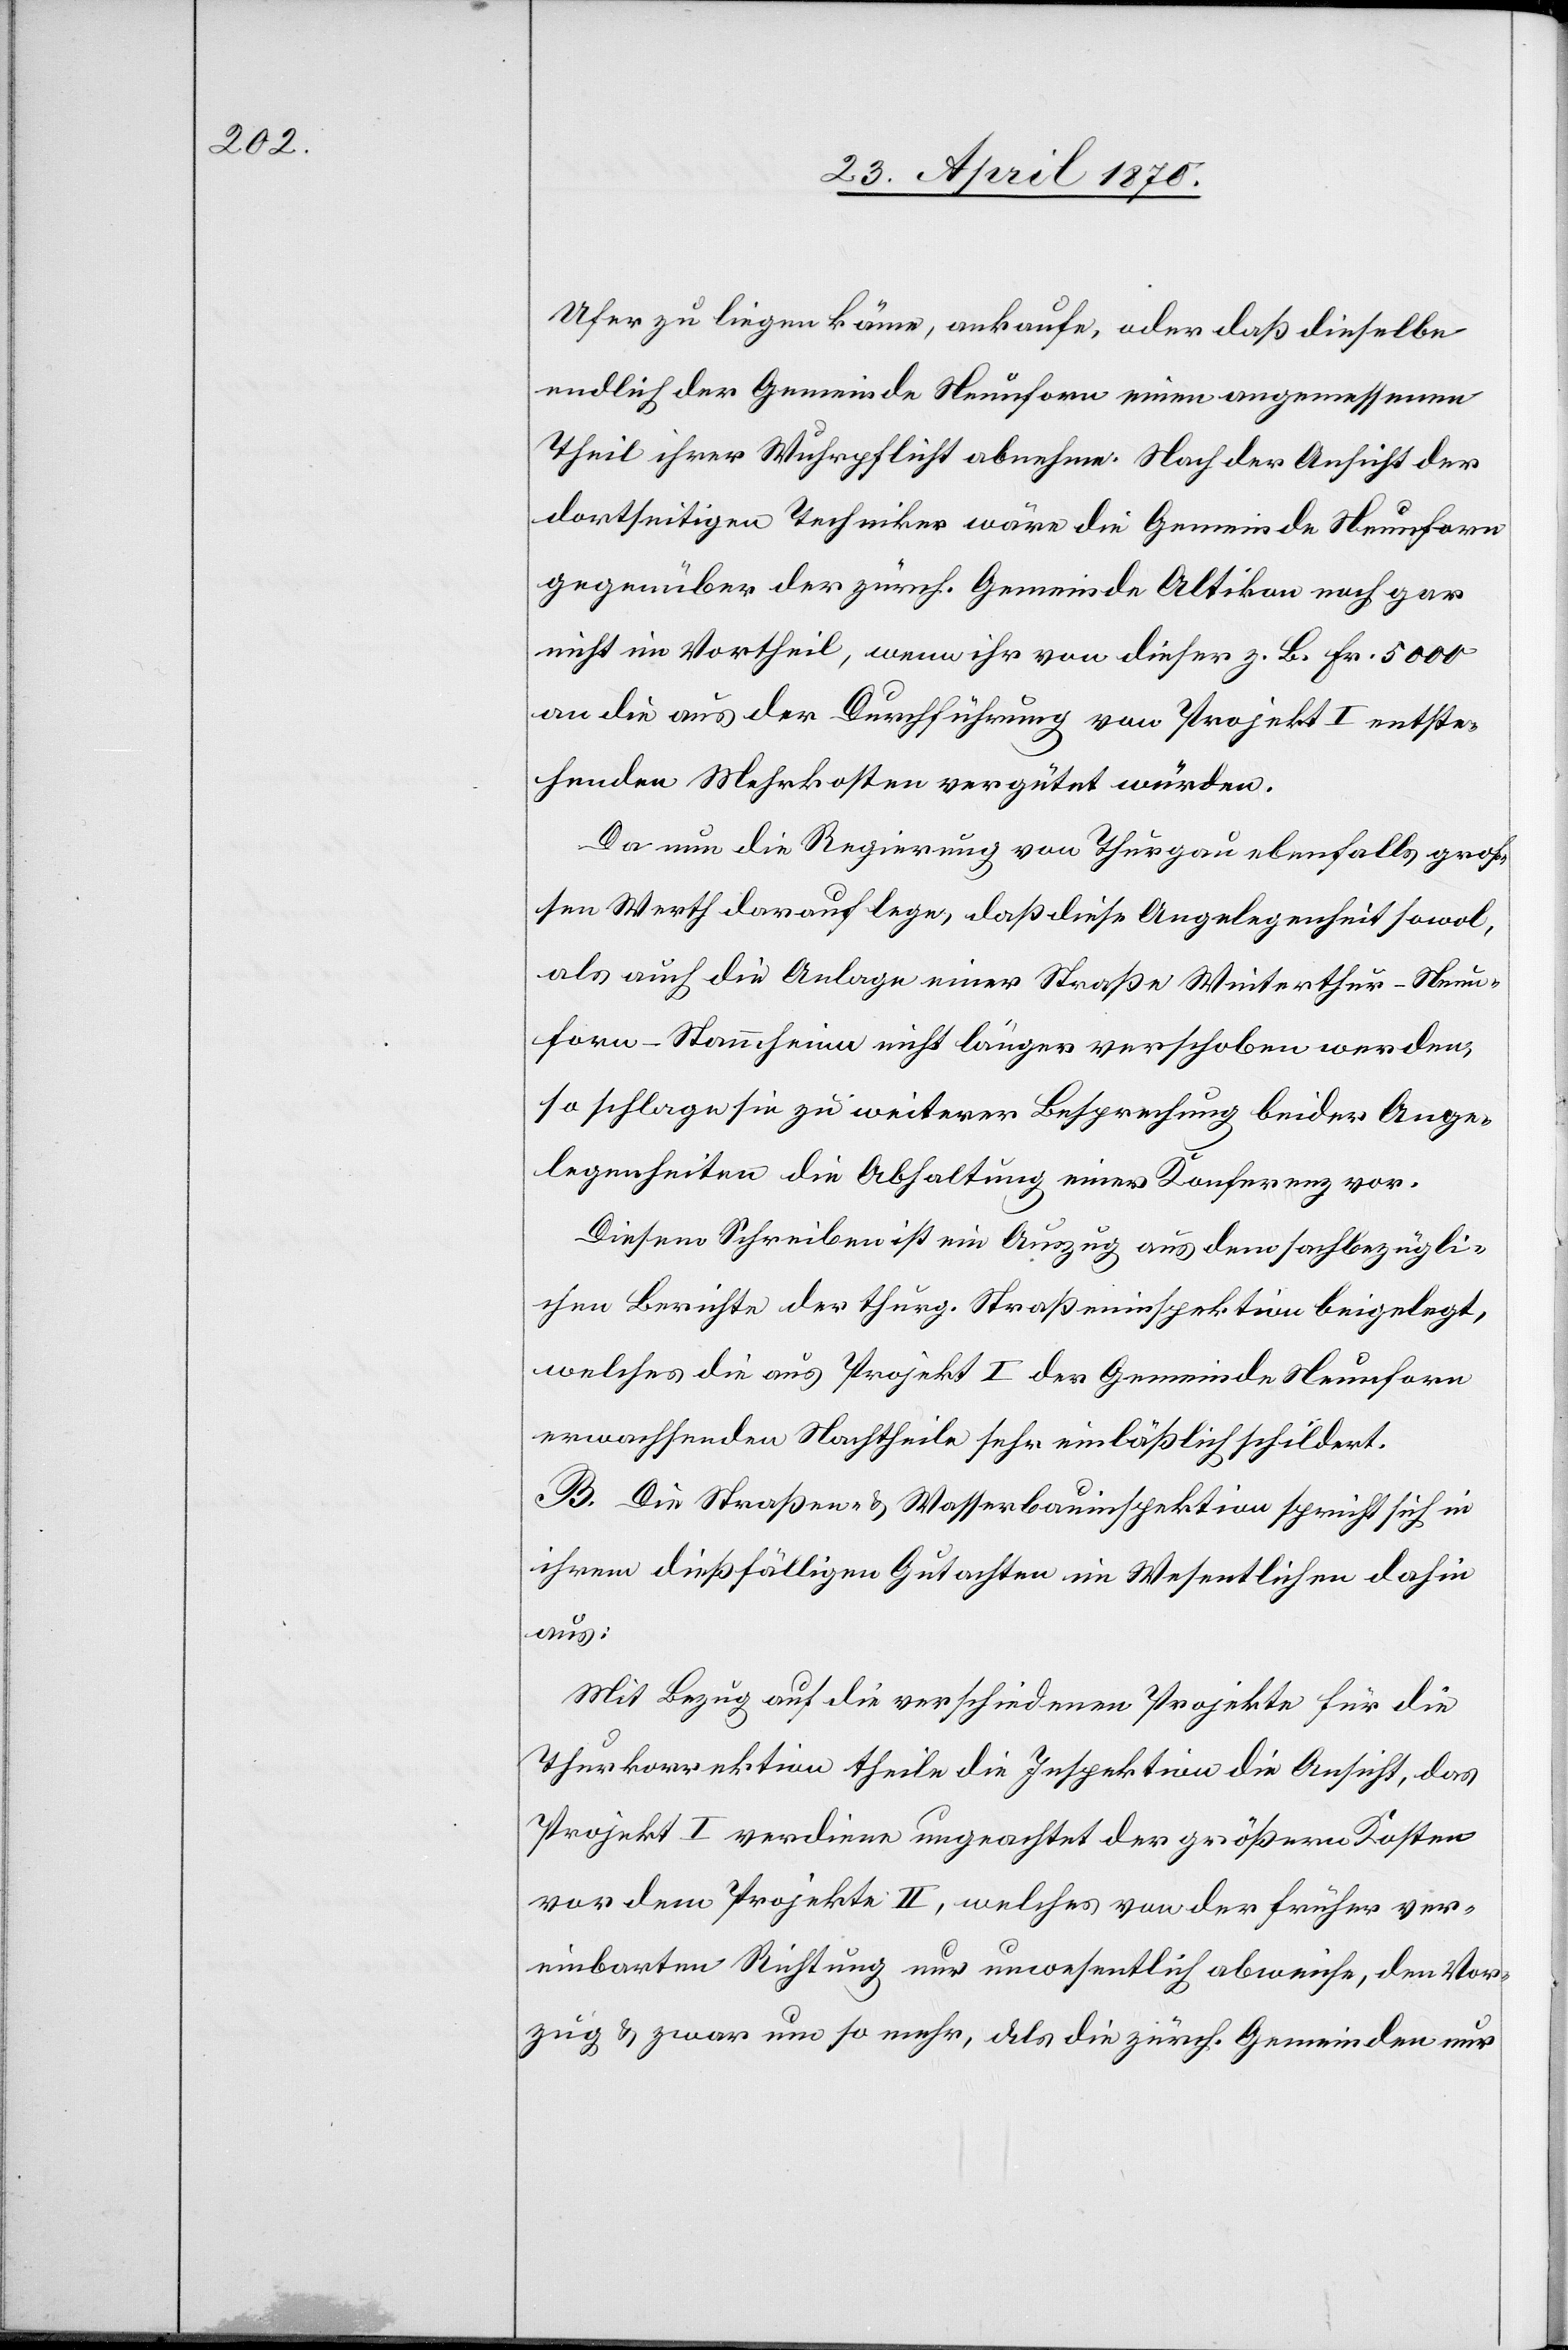
Ufer zu liegen käme, ankaufe, oder daß dieselbe
endlich der Gemeinde Neunforn einen angemessenen
Theil ihrer Wuhrpflicht abnehme. Nach der Ansicht der
dortseitigen Techniker wäre die Gemeinde Neunforn
gegenüber der zürch. Gemeinde Altikon noch gar
nicht im Vortheil, wenn ihr von dieser z. B. Fr. 5000
an die aus der Durchführung von Projekt I entste¬
henden Mehrkosten vergütet würden.
Da nun die Regierung von Thurgau ebenfalls groß¬
en Werth darauf lege, daß diese Angelegenheit sowol,
als auch die Anlage einer Straße Winterthur–Neun¬
forn–Stammheim nicht länger verschoben werden,
so schlage sie zu weiterer Besprechung beider Ange¬
legenheiten die Abhaltung einer Konferenz vor.
Diesem Schreiben ist ein Auszug aus dem sachbezügli¬
chen Berichte der thurg. Straßeninspektion beigelegt,
welches die aus Projekt I der Gemeinde Neunforn
erwachsenden Nachtheile sehr einläßlich schildert.
B. Die Straßen- & Wasserbauinspektion spricht sich in
ihrem dießfälligen Gutachten im Wesentlichen dahin
aus:
Mit Bezug auf die verschiedenen Projekte für die
Thurkorrektion theile die Inspektion die Ansicht, das
Projekt I verdiene ungeachtet der größern Kosten
vor dem Projekte II, welches von der früher ver¬
einbarten Richtung nur unwesentlich abweiche, den Vor¬
zug & zwar um so mehr, als die zürch. Gemeinden nur